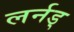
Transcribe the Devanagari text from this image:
लर्नड्